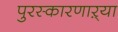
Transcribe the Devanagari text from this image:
पुरस्कारणाऱ्या